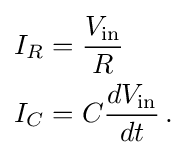
{\begin{aligned}I_{R}&={\frac {V_{\mathrm {in} }}{R}}\\I_{C}&=C{\frac {dV_{\mathrm {in} }}{dt}}\,.\end{aligned}}